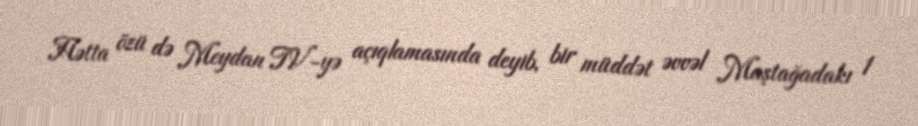
Hətta özü də Meydan TV-yə açıqlamasında deyib, bir müddət əvvəl Maştağadakı 1